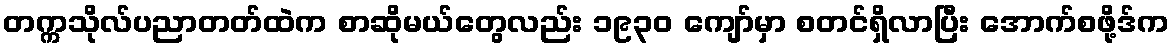
တက္ကသိုလ်ပညာတတ်ထဲက စာဆိုမယ်တွေလည်း ၁၉၃၀ ကျော်မှာ စတင်ရှိလာပြီး အောက်စဖို့ဒ်က